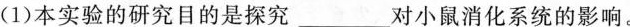
(1)本实验的研究目的是探究____对小鼠消化系统的影响。